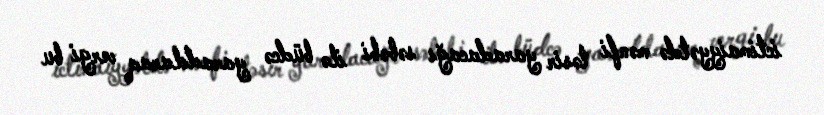
ictimaiyyətdə mənfi təsir yaradacağı səbəbi ilə büdcə yaradılaraq vergi bu